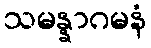
သမန္နာဂမနံ